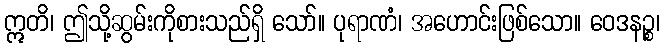
ဣတိ၊ ဤသို့ဆွမ်းကိုစားသည်ရှိ သော်။ ပုရာဏံ၊ အဟောင်းဖြစ်သော။ ဝေဒနဉ္စ၊